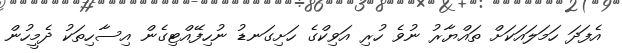
އެފަދަ ހަމަލައަކަށް ތައްޔާރު ނުވެ ހުރި އަވިކްގެ ހަށިގަނޑު ނުހިފޭއްޓިގެން އިސާހިތަކު ދެމީހުން